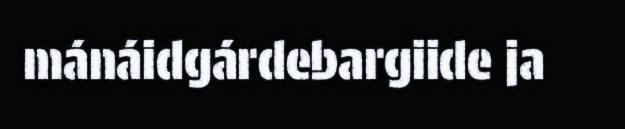
mánáidgárdebargiide ja